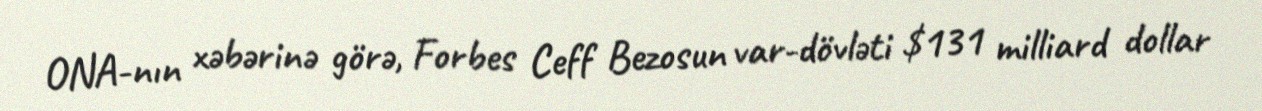
ONA-nın xəbərinə görə, Forbes Ceff Bezosun var-dövləti $131 milliard dollar